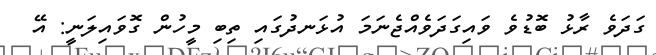
ގަދަވެ ރާޅު ބޮޑުވެ ވައިގަދަވެއްޖެނަމަ އުޅަނދުގައި ތިބި މީހުން ގޮވައިލަނީ: އޭ